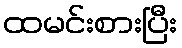
ထမင်းစားပြီး